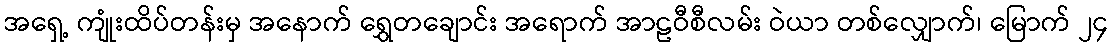
အရှေ့ ကျုံးထိပ်တန်းမှ အနောက် ရွှေတချောင်း အရောက် အာဠဝီစီလမ်း ဝဲယာ တစ်လျှောက်၊ မြောက် ၂၄